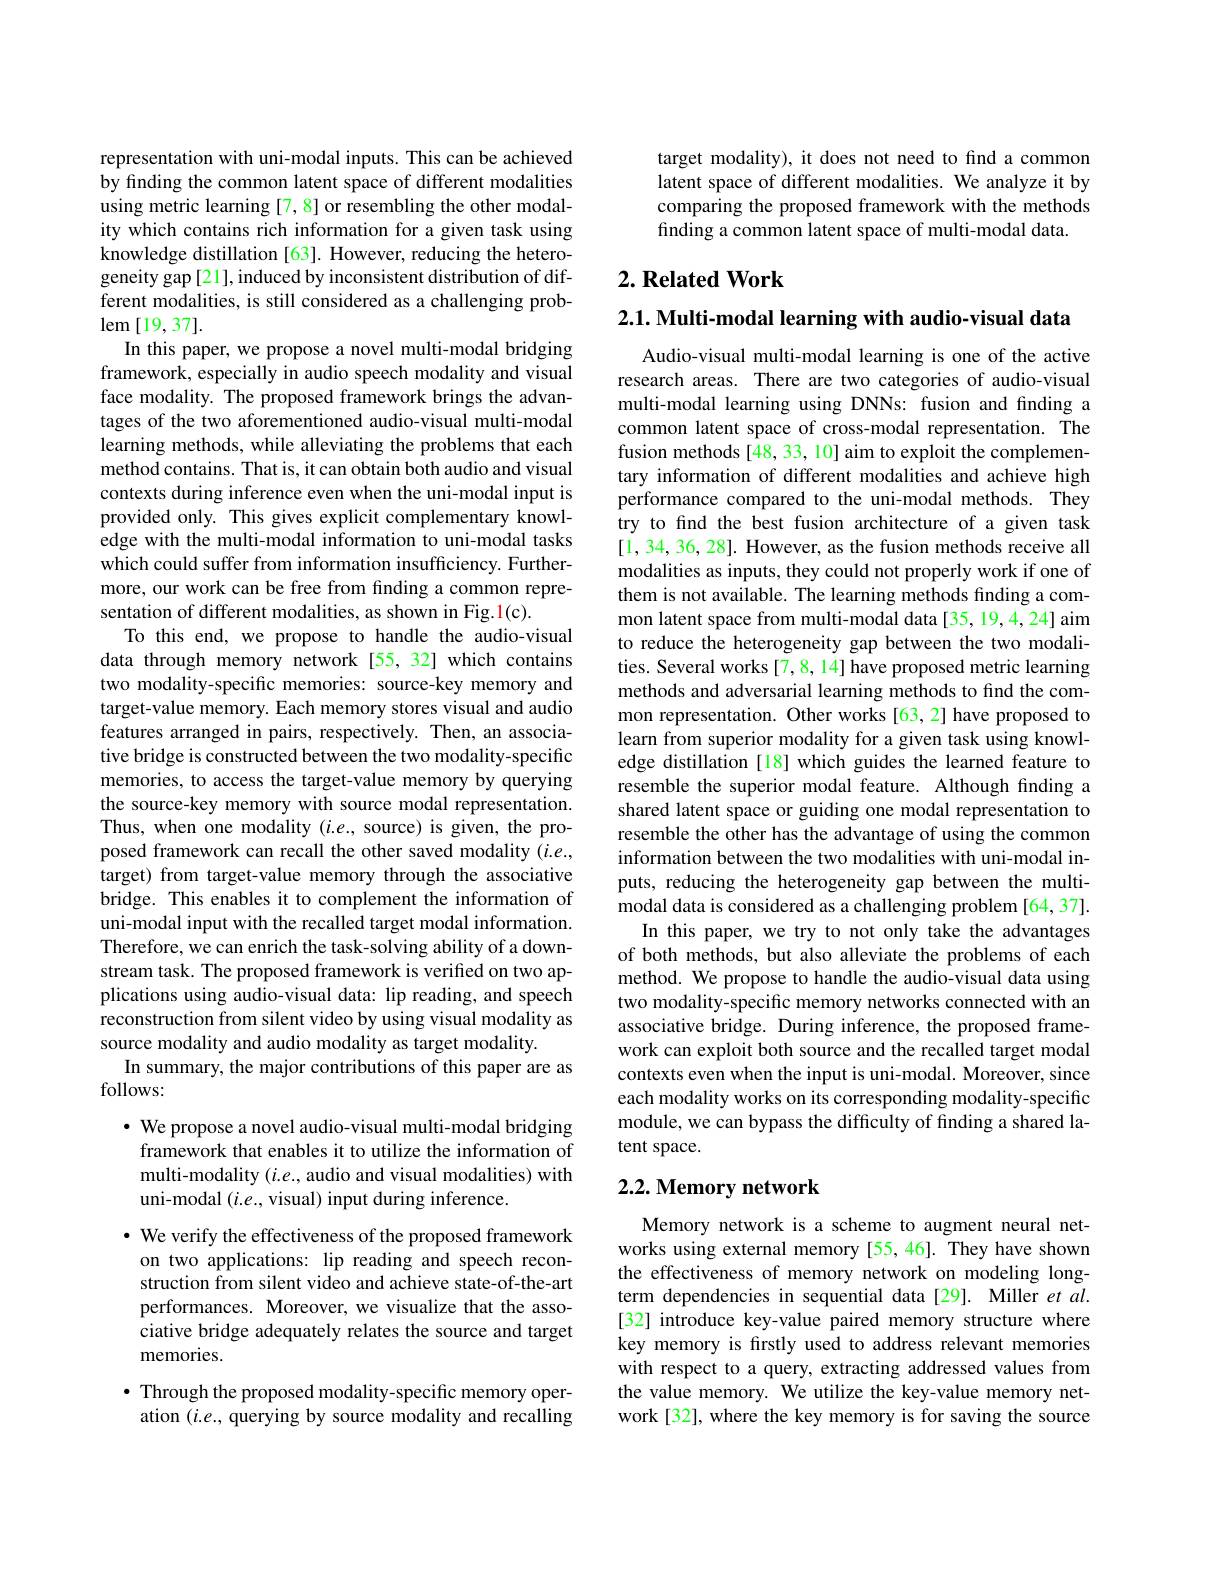
representation with uni-modal inputs. This can be achieved by finding the common latent space of different modalities using metric learning [7,8] or resembling the other modality which contains rich information for a given task using knowledge distillation [63]. However, reducing the heterogeneity gap [21], induced by inconsistent distribution of different modalities, is still considered as a challenging prob- $\operatorname{lem}[19,37].$
In this paper, we propose a novel multi-modal bridging framework, especially in audio speech modality and visual face modality. The proposed framework brings the advantages of the two aforementioned audio-visual multi-modal learning methods, while alleviating the problems that each method contains. That is, it can obtain both audio and visual contexts during inference even when the uni-modal input is provided only. This gives explicit complementary knowledge with the multi-modal information to uni-modal tasks which could suffer from information insufficiency. Furthermore, our work can be free from finding a common representation of different modalities, as shown in Fig.1(c).
To this end, we propose to handle the audio-visual data through memory network [55,32] which contains two modality-specific memories: source-key memory and target-value memory. Each memory stores visual and audio features arranged in pairs, respectively. Then, an associative bridge is constructed between the two modality-specific memories, to access the target-value memory by querying the source-key memory with source modal representation. Thus, when one modality $(i.e.$, source) is given, the proposed framework can recall the other saved modality $(i.e.$, target) from target-value memory through the associative bridge. This enables it to complement the information of uni-modal input with the recalled target modal information. Therefore, we can enrich the task-solving ability of a downstream task. The proposed framework is verified on two applications using audio-visual data: lip reading, and speech reconstruction from silent video by using visual modality as source modality and audio modality as target modality.
In summary, the major contributions of this paper are as
follows:
$\cdot$ We propose a novel audio-visual multi-modal bridging framework that enables it to utilize the information of

multi-modality $(i.e.$,audio and visual modalities) with
uni-modal $(i.e.$,visual) input during inference.

$\bullet$ We verify the effectiveness of the proposed framework on two applications: lip reading and speech reconstruction from silent video and achieve state-of-the-art performances. Moreover, we visualize that the associative bridge adequately relates the source and target memories.
$\bullet$ Through the proposed modality-specific memory operation $(i.e.$, querying by source modality and recalling

target modality), it does not need to find a common latent space of different modalities. We analyze it by comparing the proposed framework with the methods finding a common latent space of multi-modal data.

## $2. \textbf{Related Work}$

2.1. Multi-modal learning with audio-visual data

Audio-visual multi-modal learning is one of the active research areas. There are two categories of audio-visual multi-modal learning using DNNs: fusion and finding a common latent space of cross-modal representation. The fusion methods [48, 33, 10] aim to exploit the complementary information of different modalities and achieve high performance compared to the uni-modal methods. They try to find the best fusion architecture of a given task [1,34,36,28]. However, as the fusion methods receive all modalities as inputs, they could not properly work if one of them is not available. The learning methods finding a common latent space from multi-modal data [35, 19,4, 24] aim to reduce the heterogeneity gap between the two modalities. Several works[7,8,14] have proposed metric learning methods and adversarial learning methods to find the common representation. Other works [63,2] have proposed to learn from superior modality for a given task using knowledge distillation [18] which guides the learned feature to resemble the superior modal feature. Although finding a shared latent space or guiding one modal representation to resemble the other has the advantage of using the common information between the two modalities with uni-modal inputs, reducing the heterogeneity gap between the multimodal data is considered as a challenging problem [64,37].
In this paper, we try to not only take the advantages of both methods, but also alleviate the problems of each method. We propose to handle the audio-visual data using two modality-specific memory networks connected with an associative bridge. During inference, the proposed framework can exploit both source and the recalled target modal contexts even when the input is uni-modal. Moreover, since each modality works on its corresponding modality-specific module, we can bypass the difficulty of finding a shared latent space.

# 2.2. Memory network

Memory network is a scheme to augment neural networks using external memory [55,46]. They have shown the effectiveness of memory network on modeling longterm dependencies in sequential data[29]. Miller et $al.$ [32] introduce key-value paired memory structure where key memory is firstly used to address relevant memories with respect to a query, extracting addressed values from the value memory. We utilize the key-value memory network[32], where the key memory is for saving the source